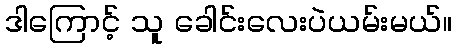
ဒါကြောင့် သူ ခေါင်းလေးပဲယမ်းမယ်။